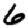
Digit: 6